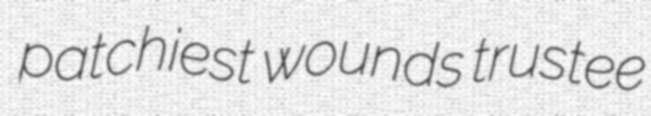
patchiest wounds trustee